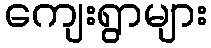
ကျေးရွာများ